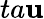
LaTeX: ta\mathbf{u}